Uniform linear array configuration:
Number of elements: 32
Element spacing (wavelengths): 0.25
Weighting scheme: kaiser
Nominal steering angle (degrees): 15
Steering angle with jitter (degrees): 16.897
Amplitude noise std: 0.05
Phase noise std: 0.05

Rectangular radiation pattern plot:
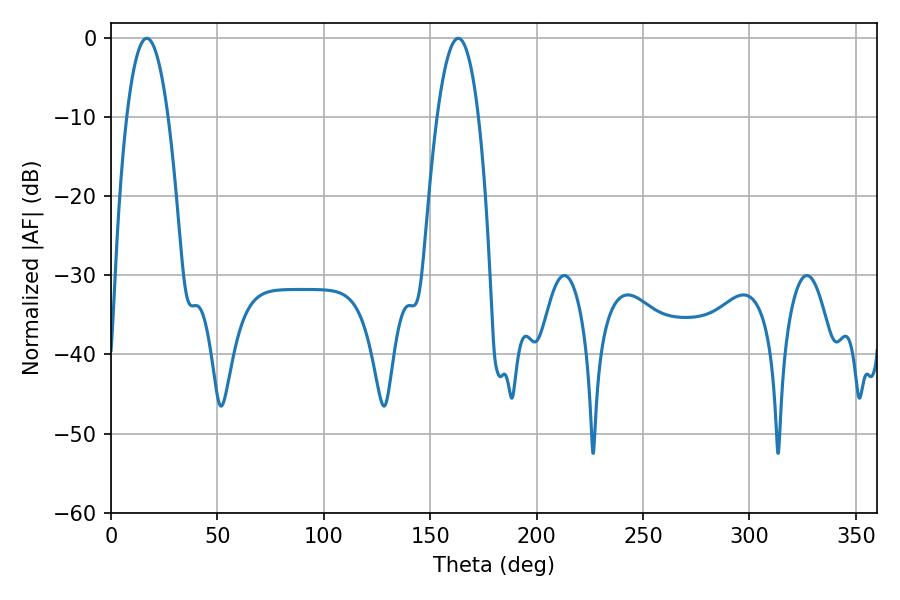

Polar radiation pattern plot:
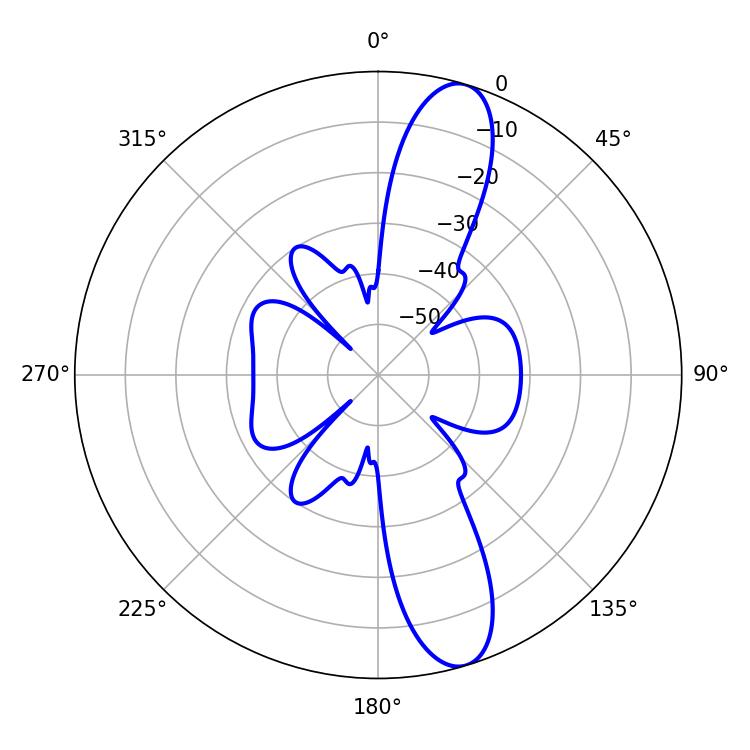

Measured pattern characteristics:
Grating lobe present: FALSE
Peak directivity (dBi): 12.328
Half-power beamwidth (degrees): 10.8
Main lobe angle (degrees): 16.74